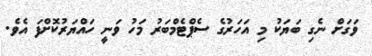
ވަގަށް ނެގި ބަޔަކު މި އަހަރުގެ ސެޕްޓެމްބަރު މަހު ވަނީ ހައްޔަރުކޮށްފަ އެވެ.